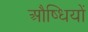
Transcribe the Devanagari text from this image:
औष्धियों